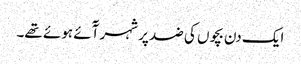
ایک دن بچوں کی ضد پر شہر آٓئے ہوئے تھے۔